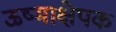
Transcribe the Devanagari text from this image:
ऊष्माक्षेपक